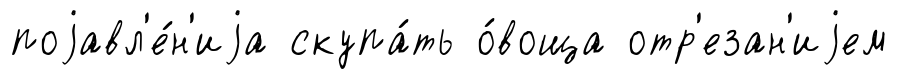
поjавл'е́н'иjа скупа́ть о́воща отр'езан'иjем